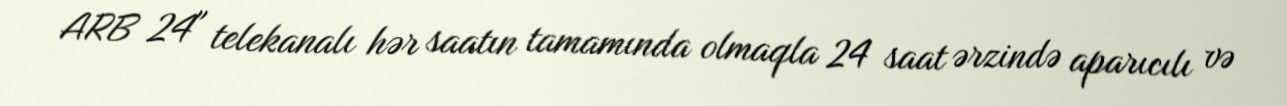
ARB 24" telekanalı hər saatın tamamında olmaqla 24 saat ərzində aparıcılı və